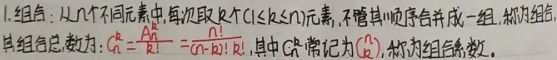
1. 组合：从 \(n\) 个不同元素中，每次取 \(k\) 个\((1\leq k\leq n)\)元素，不管其顺序合并成一组，称为组合。其组合总数为：\(C_{n}^{k}=\frac{A_{n}^{k}}{k!}=\frac{n!}{k!(n - k)!}\)；其中 \(C_{n}^{k}\) 常记为\(\binom{n}{k}\)，称为组合系数。